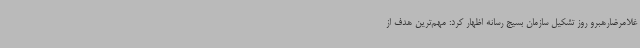
غلامرضارهبرو روز تشکیل سازمان بسیج رسانه اظهار کرد: مهم‌ترین هدف از